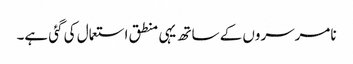
نامرسروں کے ساتھ یہی منطق استعمال کی گئی ہے۔